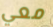
معي